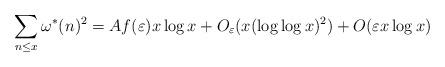
LaTeX: \begin{align*}\sum_{n\le x}\omega^*(n)^2=Af(\varepsilon)x\log x+O_{\varepsilon}(x(\log\log x)^2)+O(\varepsilon x\log x)\end{align*}